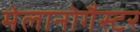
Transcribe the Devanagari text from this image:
मेलानोगैस्टर